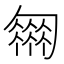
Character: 𠤈